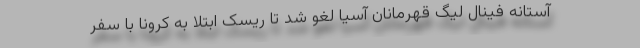
آستانه فینال لیگ قهرمانان آسیا لغو شد تا ریسک ابتلا به کرونا با سفر